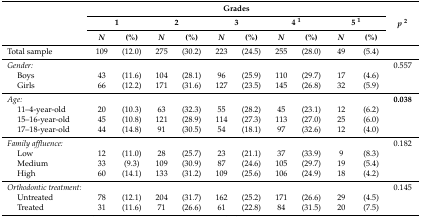
<table><thead><tr><td rowspan="3"></td><td colspan="10"><b>Grades</b></td><td rowspan="3"><b><i>p</i><sup>2</sup></b></td></tr><tr><td colspan="2"><b>1</b></td><td colspan="2"><b>2</b></td><td colspan="2"><b>3</b></td><td colspan="2"><b>4 <sup>1</sup></b></td><td colspan="2"><b>5 <sup>1</sup></b></td></tr><tr><td><b><i>N</i></b></td><td><b>(%)</b></td><td><b><i>N</i></b></td><td><b>(%)</b></td><td><b><i>N</i></b></td><td><b>(%)</b></td><td><b><i>N</i></b></td><td><b>(%)</b></td><td><b><i>N</i></b></td><td><b>(%)</b></td></tr></thead><tbody><tr><td>Total sample</td><td>109</td><td>(12.0)</td><td>275</td><td>(30.2)</td><td>223</td><td>(24.5)</td><td>255</td><td>(28.0)</td><td>49</td><td>(5.4)</td><td></td></tr><tr><td><i>Gender:</i></td><td></td><td></td><td></td><td></td><td></td><td></td><td></td><td></td><td></td><td></td><td>0.557</td></tr><tr><td>Boys</td><td>43</td><td>(11.6)</td><td>104</td><td>(28.1)</td><td>96</td><td>(25.9)</td><td>110</td><td>(29.7)</td><td>17</td><td>(4.6)</td><td></td></tr><tr><td>Girls</td><td>66</td><td>(12.2)</td><td>171</td><td>(31.6)</td><td>127</td><td>(23.5)</td><td>145</td><td>(26.8)</td><td>32</td><td>(5.9)</td><td></td></tr><tr><td><i>Age:</i></td><td></td><td></td><td></td><td></td><td></td><td></td><td></td><td></td><td></td><td></td><td><b>0.038</b></td></tr><tr><td>11–4-year-old</td><td>20</td><td>(10.3)</td><td>63</td><td>(32.3)</td><td>55</td><td>(28.2)</td><td>45</td><td>(23.1)</td><td>12</td><td>(6.2)</td><td></td></tr><tr><td>15–16-year-old</td><td>45</td><td>(10.8)</td><td>121</td><td>(28.9)</td><td>114</td><td>(27.3)</td><td>113</td><td>(27.0)</td><td>25</td><td>(6.0)</td><td></td></tr><tr><td>17–18-year-old</td><td>44</td><td>(14.8)</td><td>91</td><td>(30.5)</td><td>54</td><td>(18.1)</td><td>97</td><td>(32.6)</td><td>12</td><td>(4.0)</td><td></td></tr><tr><td><i>Family affluence:</i></td><td></td><td></td><td></td><td></td><td></td><td></td><td></td><td></td><td></td><td></td><td>0.182</td></tr><tr><td>Low</td><td>12</td><td>(11.0)</td><td>28</td><td>(25.7)</td><td>23</td><td>(21.1)</td><td>37</td><td>(33.9)</td><td>9</td><td>(8.3)</td><td></td></tr><tr><td>Medium</td><td>33</td><td>(9.3)</td><td>109</td><td>(30.9)</td><td>87</td><td>(24.6)</td><td>105</td><td>(29.7)</td><td>19</td><td>(5.4)</td><td></td></tr><tr><td>High</td><td>60</td><td>(14.1)</td><td>133</td><td>(31.2)</td><td>109</td><td>(25.6)</td><td>106</td><td>(24.9)</td><td>18</td><td>(4.2)</td><td></td></tr><tr><td><i>Orthodontic treatment:</i></td><td></td><td></td><td></td><td></td><td></td><td></td><td></td><td></td><td></td><td></td><td>0.145</td></tr><tr><td>Untreated</td><td>78</td><td>(12.1)</td><td>204</td><td>(31.7)</td><td>162</td><td>(25.2)</td><td>171</td><td>(26.6)</td><td>29</td><td>(4.5)</td><td></td></tr><tr><td>Treated</td><td>31</td><td>(11.6)</td><td>71</td><td>(26.6)</td><td>61</td><td>(22.8)</td><td>84</td><td>(31.5)</td><td>20</td><td>(7.5)</td><td></td></tr></tbody></table>